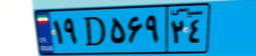
۹۴D۹۵۳۱۶